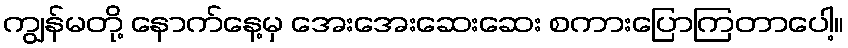
ကျွန်မတို့ နောက်နေ့မှ အေးအေးဆေးဆေး စကားပြောကြတာပေါ့။